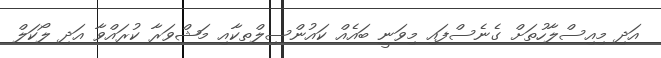
އަދި މިއިސްލާހުތަށް ގެނެސްފައި މިވަނީ ބައެއް ކައުންސިލްތކާއި މަޝްވަރާ ކުރައްވާ އަދި ލޯކަލް